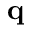
\mathbf { q }